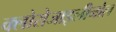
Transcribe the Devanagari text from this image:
क्लोरोजाइलीनोल